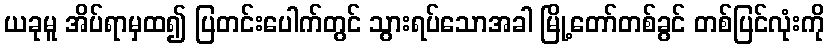
ယခုမူ အိပ်ရာမှထ၍ ပြတင်းပေါက်တွင် သွားရပ်သောအခါ မြို့တော်တစ်ခွင် တစ်ပြင်လုံးကို